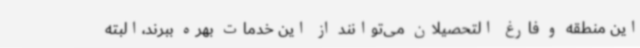
این منطقه و فارغ التحصیلان می‌توانند از این خدمات بهره ببرند،البته